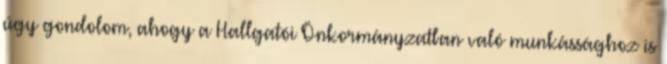
úgy gondolom, ahogy a Hallgatói Önkormányzatban való munkássághoz is